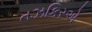
તઝકિરએ